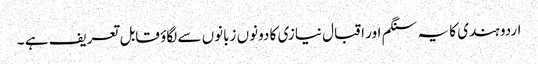
اردو ہندی کا یہ سنگم اور اقبال نیازی کا دونوں زبانوں سے لگاؤ قابل تعریف ہے ۔